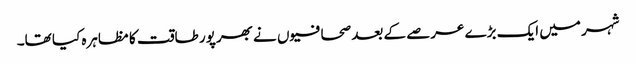
شہر میں ایک بڑے عرصے کے بعد صحافیوں نے بھرپور طاقت کا مظاہرہ کیا تھا۔